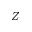
Z